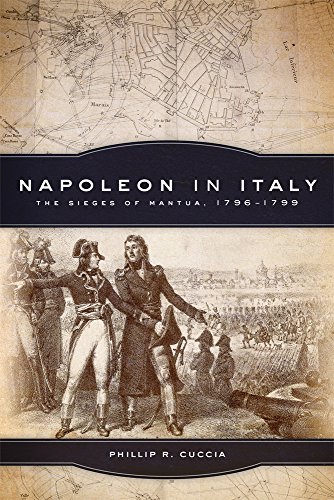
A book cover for Napoleon in Italy: The Sieges of Mantua, 1796EE1799 (Campaigns and Commanders Series); Phillip R. Cuccia; History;